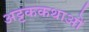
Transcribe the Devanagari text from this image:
अट्टककथाओं